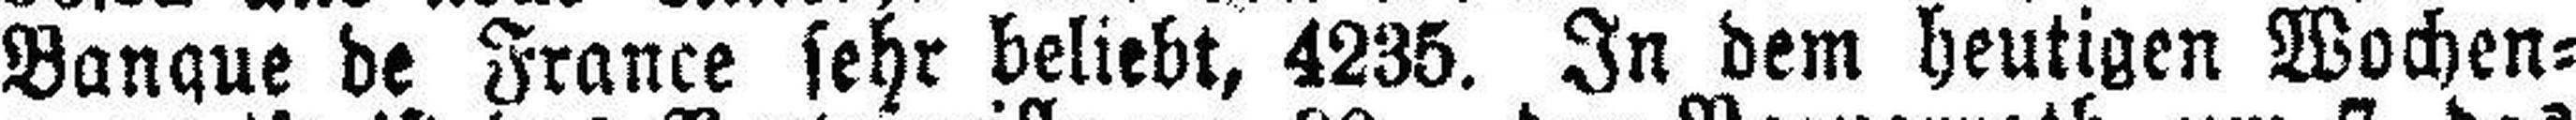
Banque de France sehr beliebt, 4235. In dem heutigen Wochen¬